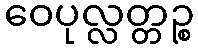
ဝေပုလ္လတ္တဉ္စ